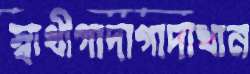
স্বাথীগাদাগাদাথান